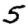
Digit: 5